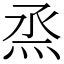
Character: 烝